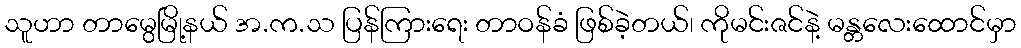
သူဟာ တာမွေမြို့နယ် အ.က.သ ပြန်ကြားရေး တာဝန်ခံ ဖြစ်ခဲ့တယ်၊ ကိုမင်းဇင်နဲ့ မန္တလေးထောင်မှာ